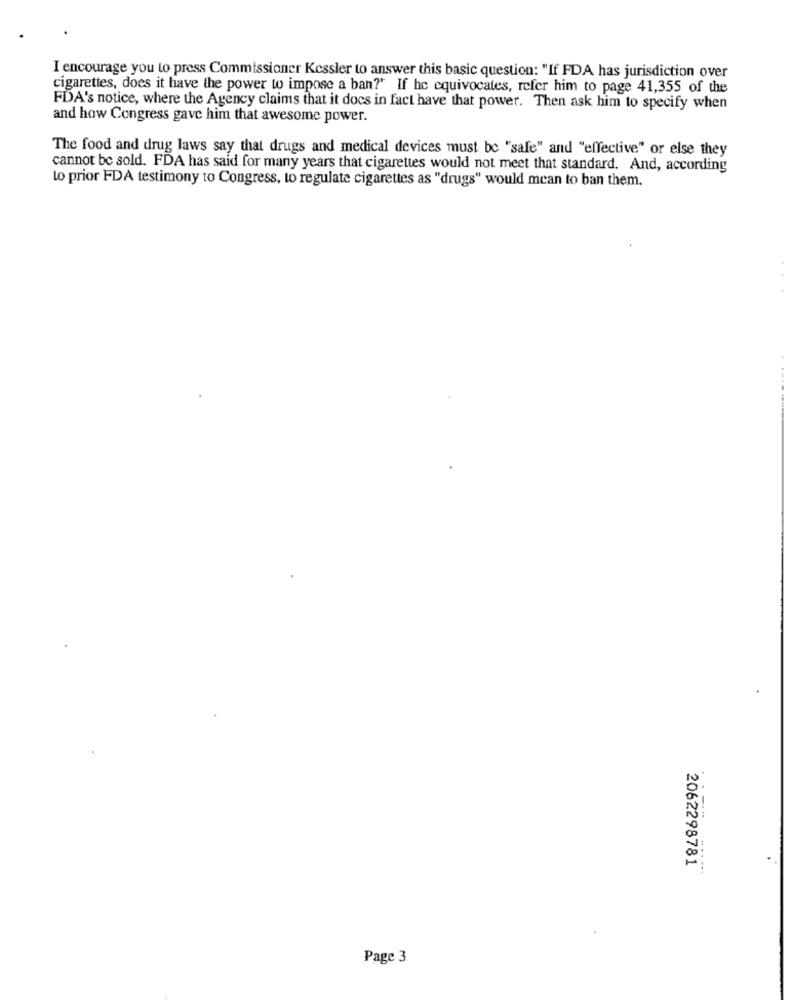
I encourage you to press Commissioner Kessler to answer this basic question: "If FDA has jurisdiction over
cigarettes, does it have the power to impose a ban?' If he equivocates, refer him to page 41,355 of the
FDA's notice, where the Agency claims that it docs in fact have that power. Then ask him to specify when
and how Congress gave him that awesome power.
The food and drug laws say that drugs and medical devices must be "safe" and "effective" or else they
cannot be sold. FDA has said for many years that cigarettes would not meet that standard. And, according
to prior FDA testimony to Congress, to regulate cigarettes as "drugs" would mean to ban them.
2062298781
......
Page 3